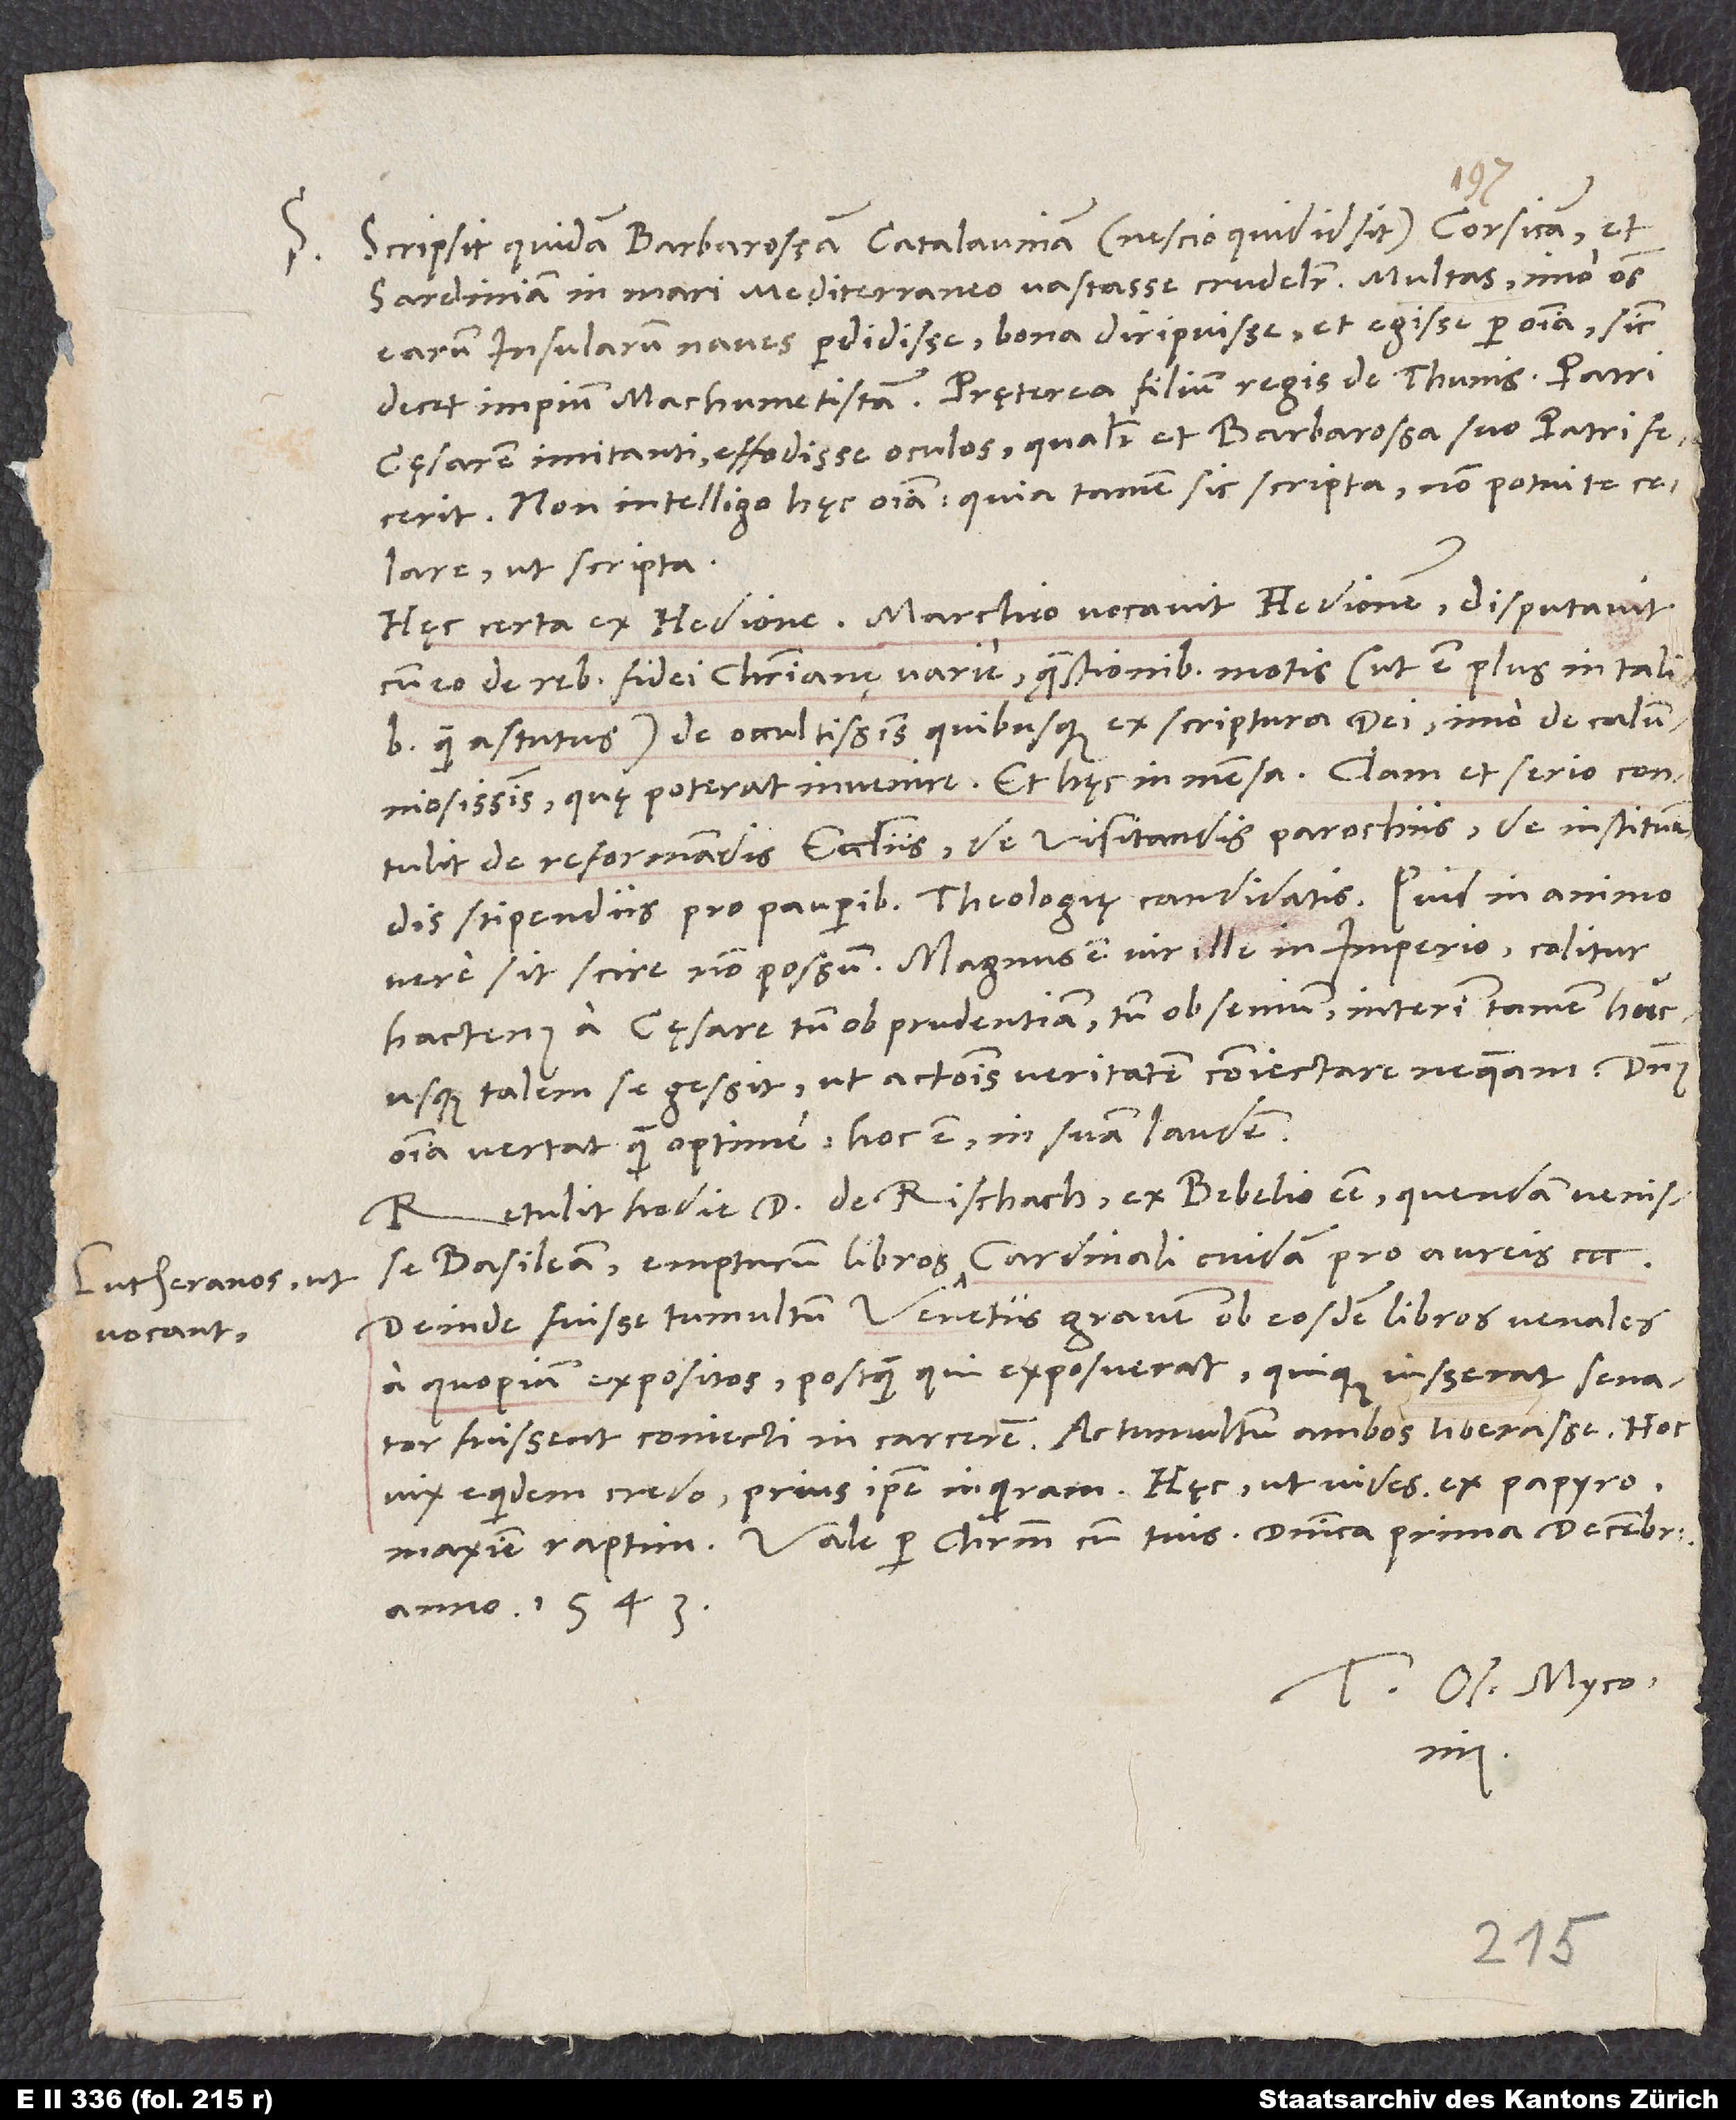
Lutheranos, ut
vocant,

S. Scripsit quidam Barbarossam Catalauniam (nescio, quid id sit), Corsicam et
Sardiniam in mari mediterraneo vastasse crudeliter, multas, imo omnes
earum insularum naves perdidisse, bona diripuisse et egisse per omnia, sicut
decet impium Machumetistam. Pręterea filium regis de Thunis patri
cęsarem imitanti effodisse oculos, qualiter et Barbarossa suo patri fecerit.
Non intelligo hęc omnia; quia tamen sic scripta, non potui te
celare ut scripta.
Hęc certa ex Hedione: Marchio vocavit Hedionem, disputavit
cum eo de rebus fidei christianę varie, quęstionibus motis (ut est plus in talibus
quam astutus) de occultissimis quibusque ex scriptura dei, imo de
calumniosissimis, quę poterat invenire, et hęc in mensa. Clam et serio contulit
de reformandis ecclesiis, de visitandis parochiis, de instituendis
stipendiis pro pauperibus theologię candidatis. Quid in animo
hactenus a cęsare tum ob prudentiam tum ob senium, interim tamen
hucusque talem se gessit, ut actionis veritatem coniectare nequeam. Dominus
omnia vertat quam optime, hoc est in suam laudem.
Retulit hodie d. de Rischach, ex Bebelio esse quendam venisse
Deinde fuisse tumultum Venetiis gravem ob eosdem libros venales
a quopiam expositos, postquam, qui exposuerat quique iusserat senator,
fuissent coniecti in carcerem, ac tumultum ambos liberasse. Hoc
vix equidem credo, prius ipse inquiram. Hęc, ut vides ex papyro,
anno 1543.